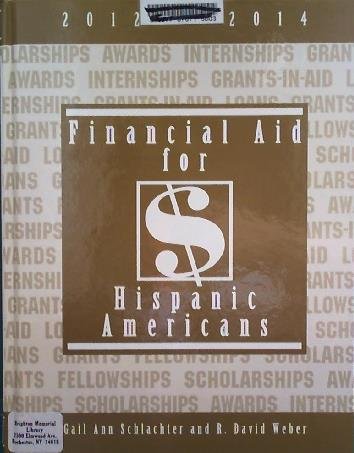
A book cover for Financial Aid for Hispanic Americans 2012-2014; Gail Ann Schlachter; Education & Teaching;